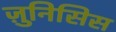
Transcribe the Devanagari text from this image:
ज़ुनिसिस